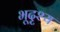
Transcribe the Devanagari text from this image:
भूदृश्‍य